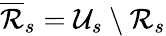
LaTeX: \overline{{\mathcal{R}}}_{s}=\mathcal{U}_{s}\setminus\mathcal{R}_{s}